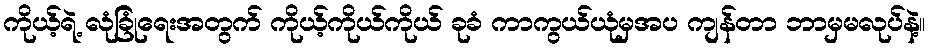
ကိုယ့်ရဲ့ လုံခြုံရေးအတွက် ကိုယ့်ကိုယ်ကိုယ် ခုခံ ကာကွယ်ယုံမှအပ ကျန်တာ ဘာမှမလုပ်နဲ့။